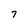
Character: 7